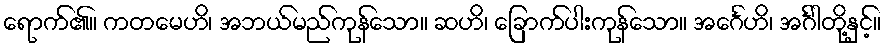
ရောက်၏။ ကတမေဟိ၊ အဘယ်မည်ကုန်သော။ ဆဟိ၊ ခြောက်ပါးကုန်သော။ အင်္ဂေဟိ၊ အင်္ဂါတို့နှင့်။